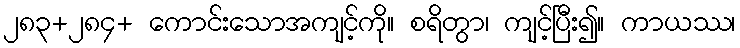
၂၈၃+၂၈၄+ ကောင်းသောအကျင့်ကို။ စရိတွာ၊ ကျင့်ပြီး၍။ ကာယဿ၊